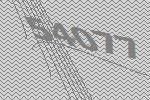
54077